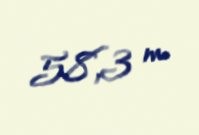
58,3 m